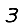
Digit: 3